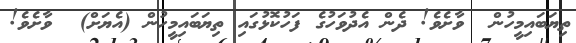
ތިޔަބައިމީހުން  ވާށެވެ! ދެން އެދުވަހުގެ ފަހުކޮޅުގައި ތިޔަބައިމީހުން (އެޔަށް)  ވާށެވެ!